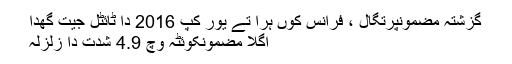
گزشتہ مضمونپرتگال ، فرانس کوں ہرا تے یور کپ 2016 دا ٹائٹل جیت گھدا
اگلا مضمونکوئٹہ وچ 4.9 شدت دا زلزلہ